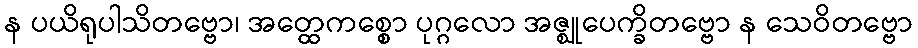
န ပယိရုပါသိတဗ္ဗော၊ အတ္ထေကစ္စော ပုဂ္ဂလော အဇ္ဈုပေက္ခိတဗ္ဗော န သေဝိတဗ္ဗော